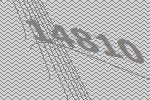
14810